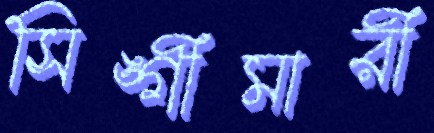
সিঙ্গীমারী